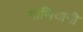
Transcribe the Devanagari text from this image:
मास्त्रियानी